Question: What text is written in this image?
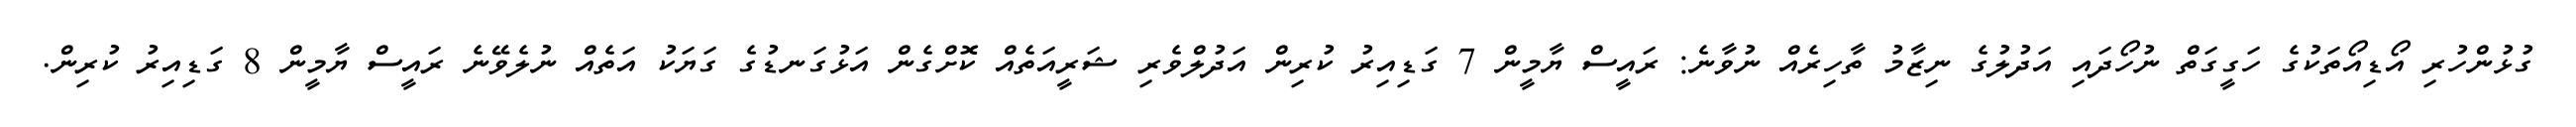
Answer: ގުޅުންހުރި އޯޑިއޯތަކުގެ ހަގީގަތް ނުހޯދައި އަދުލުގެ ނިޒާމު ތާހިރެއް ނުވާނެ: ރައީސް ޔާމީން 7 ގަޑިއިރު ކުރިން އަދުލްވެރި ޝަރީއަތެއް ކޮށްގެން އަޅުގަނޑުގެ ގަޔަކު އަތެއް ނުލެވޭނެ ރައީސް ޔާމީން 8 ގަޑިއިރު ކުރިން.